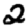
Digit: 2